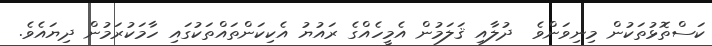
ކަސްތޮޅުތަކުން މިނިވަންވެ  ދުލާއި ޤަލަމުން އެމީހެއްގެ ރައުޔު އެކިކަންތައްތަކުގައި ހާމަކުރަމުން ދިޔައެވެ.